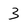
Character: 3